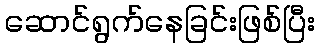
ဆောင်ရွက်နေခြင်းဖြစ်ပြီး